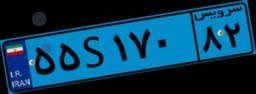
۵۵S۱۷۰۸۲